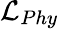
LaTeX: \mathcal{L}_{Phy}